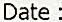
DATE :